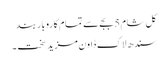
کل شام 5 بجے سے تمام کاروبار بند
سندھ لاک ڈاون مزید سخت ۔